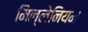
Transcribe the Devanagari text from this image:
मिल्लेनियम